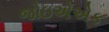
જોઇએએક